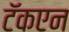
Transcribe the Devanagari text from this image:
टॅकएन